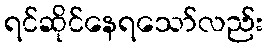
ရင်ဆိုင်နေရသော်လည်း